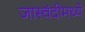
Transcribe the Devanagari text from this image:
जास्वंदीमध्ये